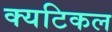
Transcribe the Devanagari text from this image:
क्यटिकल